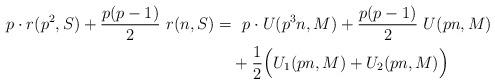
LaTeX: \begin{align*}\aligned p \cdot r(p^2, S) + \frac{p(p-1)}2 ~ r(n,S) =&~~ p \cdot U(p^3 n,M)+\frac{p(p-1)}2 ~ U(pn,M)\\ & + \frac 1 2 \Big(U_1(pn,M) + U_2(pn,M)\Big) &\endaligned\end{align*}